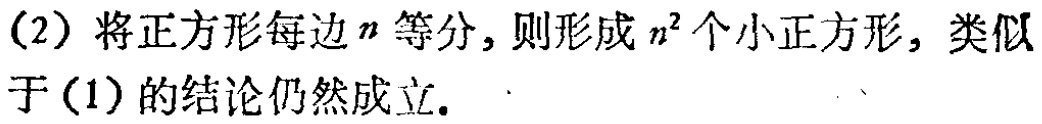
(2) 将正方形每边\(n\)等分，则形成\(n^{2}\)个小正方形，类似于(1)的结论仍然成立.